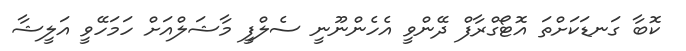
ކޮބާ ގަނޑަކަށްތަ އޮޓޯގްރާފް ދޭންވީ އެހެންނޫނީ ސެލްފީ މާޝަލްއަށް ހަމަހޭވީ އަލީޝާ